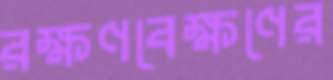
রক্ষণবেক্ষণের